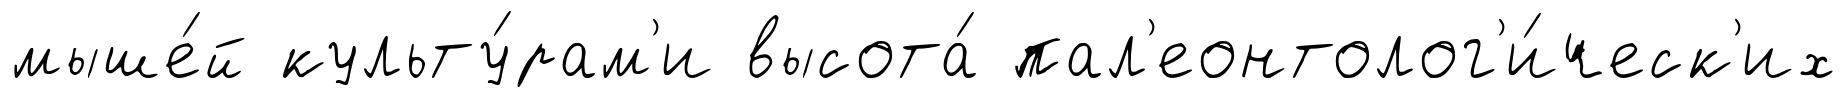
мыше́й культу́рам'и высота́ пал'еонтолог'и́ческ'их